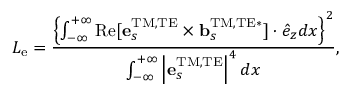
L _ { \mathrm { e } } = \frac { \left\{ \int _ { - \infty } ^ { + \infty } \mathrm { R e } [ { \bf e } _ { s } ^ { \mathrm { T M , T E } } \times { \bf b } _ { s } ^ { \mathrm { T M , T E * } } ] \cdot \hat { e } _ { z } d x \right\} ^ { 2 } } { \int _ { - \infty } ^ { + \infty } \left| { \bf e } _ { s } ^ { \mathrm { T M , T E } } \right| ^ { 4 } d x } ,